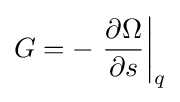
G=-\left.{\frac {\partial \Omega }{\partial s}}\right|_{q}